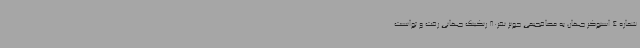
شماره 4 اسنوکر جهان به مصافجیمی جونز نفر80 رنکینگ جهانی رفت و توانست